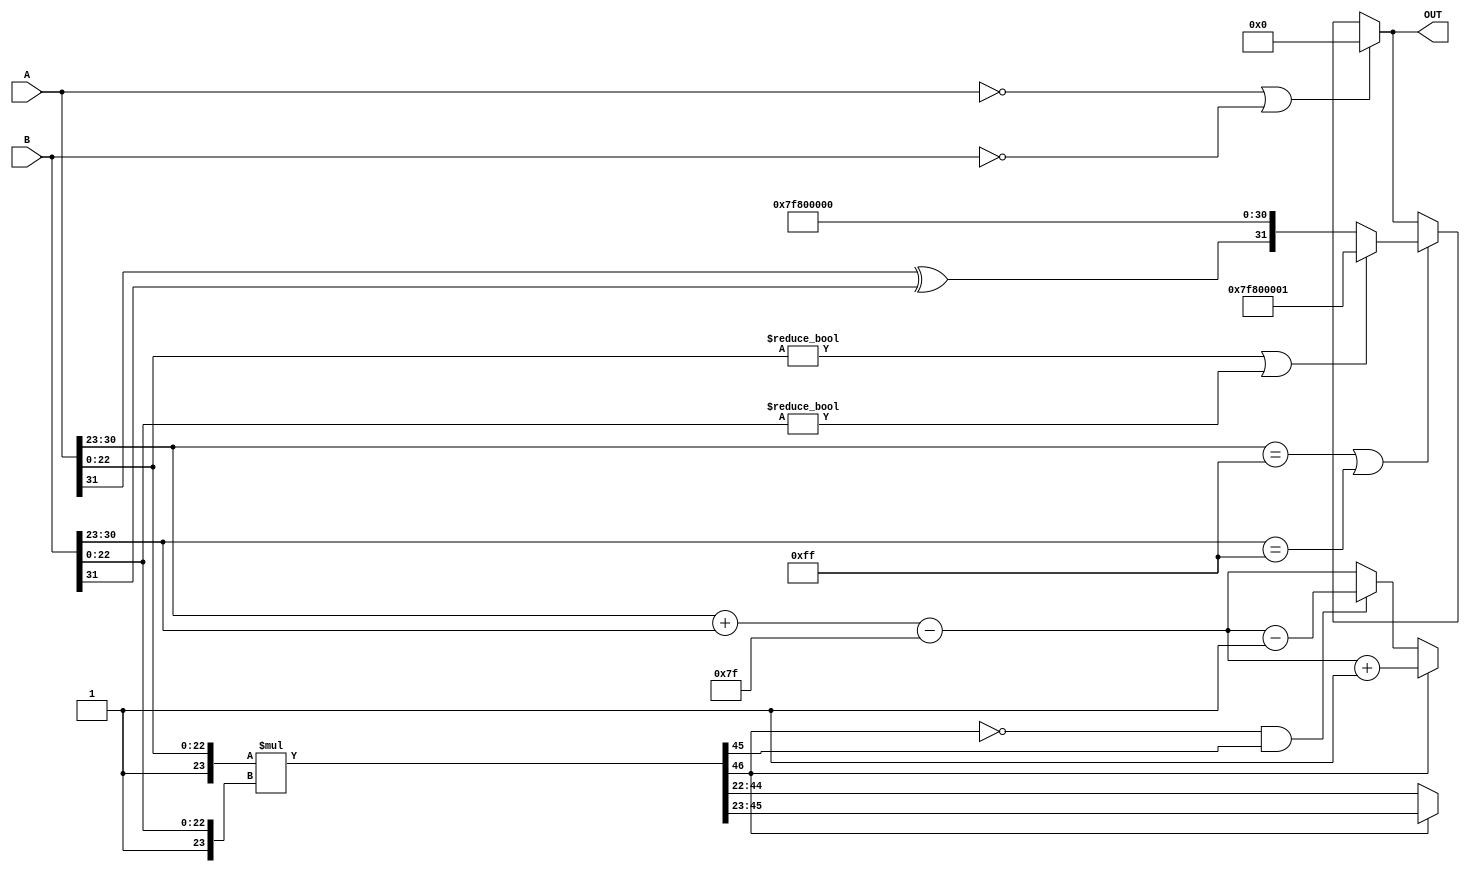
module floating_point_multiplier (
    input [31:0] A, // First floating-point input
    input [31:0] B, // Second floating-point input
    output reg [31:0] OUT // Output floating-point result
);

    // Decompose inputs
    wire S_A = A[31]; // Sign of A
    wire S_B = B[31]; // Sign of B
    wire [7:0] E_A = A[30:23]; // Exponent of A
    wire [7:0] E_B = B[30:23]; // Exponent of B
    wire [22:0] M_A = A[22:0]; // Significand of A
    wire [22:0] M_B = B[22:0]; // Significand of B

    // Sign calculation
    wire S_OUT = S_A ^ S_B; // Output sign

    // Exponent calculation
    wire [7:0] EXCESS = 8'd127; // Bias for single-precision
    wire [8:0] E_OUT_before_normalization = E_A + E_B - EXCESS; // Adjusted exponent

    // Significand multiplication
    wire [46:0] M_OUT = {1'b1, M_A} * {1'b1, M_B}; // 46-bit product (including implied 1)

    // Normalization
    reg [7:0] exponent_final;
    reg [22:0] significand_final;
    wire shift_right = M_OUT[46]; // Check if the MSB is 1 (greater than or equal to 2)
    wire shift_left = !M_OUT[46] && M_OUT[45]; // Check if normalization needed to left

    always @* begin
        // Initialize output variables
        exponent_final = E_OUT_before_normalization[7:0];
        significand_final = 23'b0;

        // Handle normalization
        if (shift_right) begin
            significand_final = M_OUT[45:23]; // Right shift
            exponent_final = exponent_final + 1; // Increment exponent
        end else if (shift_left) begin
            significand_final = M_OUT[44:22]; // Left shift
            exponent_final = exponent_final - 1; // Decrement exponent
        end else begin
            significand_final = M_OUT[44:22]; // No shift needed
        end

        // Final output assembly
        OUT = {S_OUT, exponent_final, significand_final};
    end

    // Handle special cases (zero, inf, NaN)
    always @* begin
        if (A == 32'b0 || B == 32'b0) begin
            OUT = 32'b0; // Handle zero case
        end else if (E_A == 8'd255 || E_B == 8'd255) begin
            // Handle infinities and NaNs
            if (M_A != 23'b0 || M_B != 23'b0) begin
                OUT = {1'b0, 8'd255, 23'b1}; // NaN
            end else begin
                OUT = {S_OUT, 8'd255, 23'b0}; // Infinity
            end
        end else begin
            // Normal processing
            OUT = {S_OUT, exponent_final, significand_final};
        end
    end

endmodule